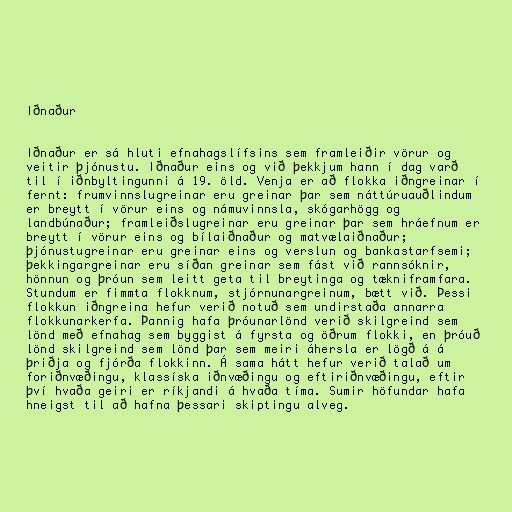
Iðnaður

Iðnaður er sá hluti efnahagslífsins sem framleiðir vörur og
veitir þjónustu. Iðnaður eins og við þekkjum hann í dag varð
til í iðnbyltingunni á 19. öld. Venja er að flokka iðngreinar í
fernt: frumvinnslugreinar eru greinar þar sem náttúruauðlindum
er breytt í vörur eins og námuvinnsla, skógarhögg og
landbúnaður; framleiðslugreinar eru greinar þar sem hráefnum er
breytt í vörur eins og bílaiðnaður og matvælaiðnaður;
þjónustugreinar eru greinar eins og verslun og bankastarfsemi;
þekkingargreinar eru síðan greinar sem fást við rannsóknir,
hönnun og þróun sem leitt geta til breytinga og tækniframfara.
Stundum er fimmta flokknum, stjórnunargreinum, bætt við. Þessi
flokkun iðngreina hefur verið notuð sem undirstaða annarra
flokkunarkerfa. Þannig hafa þróunarlönd verið skilgreind sem
lönd með efnahag sem byggist á fyrsta og öðrum flokki, en þróuð
lönd skilgreind sem lönd þar sem meiri áhersla er lögð á á
þriðja og fjórða flokkinn. Á sama hátt hefur verið talað um
foriðnvæðingu, klassíska iðnvæðingu og eftiriðnvæðingu, eftir
því hvaða geiri er ríkjandi á hvaða tíma. Sumir höfundar hafa
hneigst til að hafna þessari skiptingu alveg.